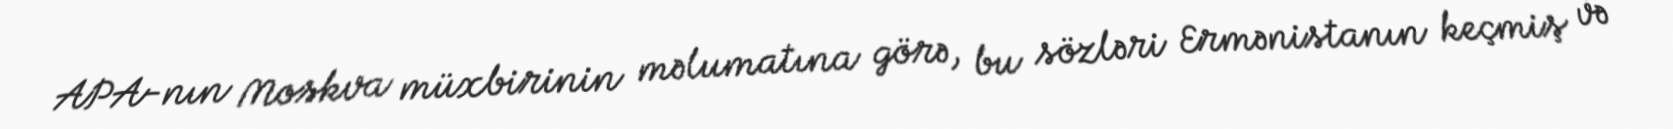
APA-nın Moskva müxbirinin məlumatına görə, bu sözləri Ermənistanın keçmiş və